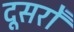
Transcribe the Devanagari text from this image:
दूसरोँ